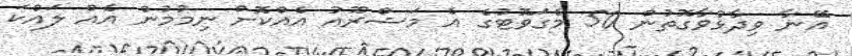
އޭނާ ވިދާޅުވާގޮތުން 50 މެގަވޮޓުގެ އެ މަޝްރޫއު އެއްކޮށް ނިމުމުން އެއް ލައްކަ